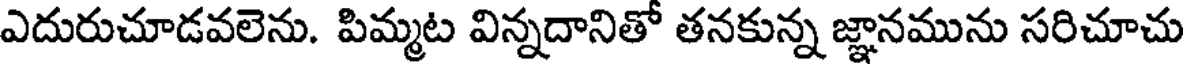
ఎదురుచూడవలెను. పిమ్మట విన్నదానితో తనకున్న జ్ఞానమును సరిచూచు